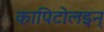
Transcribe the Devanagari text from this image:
कापिटोलइन्